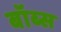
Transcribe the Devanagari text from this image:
बॉब्स